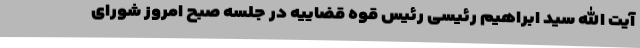
آیت الله سید ابراهیم رئیسی رئیس قوه قضاییه در جلسه صبح امروز شورای